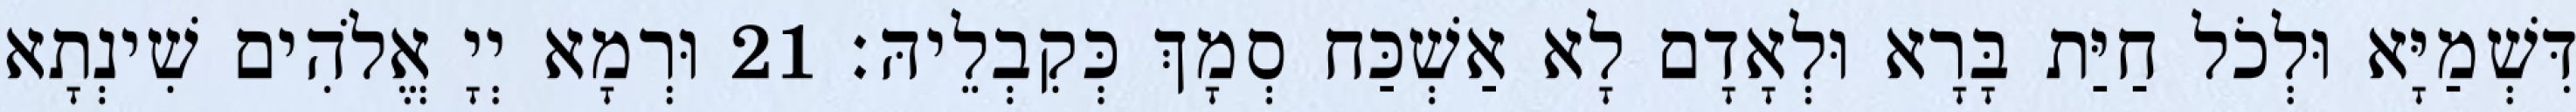
דִּשְׁמַיָּא וּלְכֹל חַיַּת בָּרָא וּלְאָדָם לָא אַשְׁכַּח סְמָךְ כְּקִבְלֵיהּ׃ 21 וּרְמָא יְיָ אֱלֹהִים שִׁינְתָא